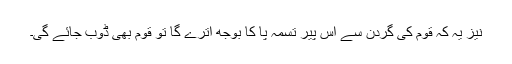
نیز یہ کہ قوم کی گردن سے اس پیر تسمہ پا کا بوجھ اترے گا تو قوم بھی ڈوب جائے گی۔